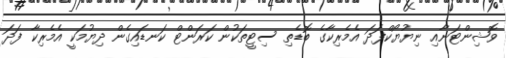
ވޮޝިންޓަނާއި ނިޔުޔޯކްފަދަ އެމެރިކާގެ ބޮޑެތި ސިޓީތަކުން ކަރަންޓް ކަނޑައިގެން ދިޔުމަކީ އެމެރިކާ ފަދަ